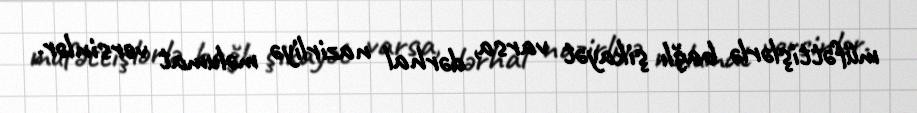
müfəttişlərlə bağlı şikayət varsa, dərhal nazirliyə məlumat versinlər.